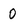
Character: 0